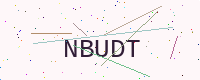
Text: NBUDT